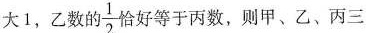
大1，乙数的 \frac{ 1 } { 2 }恰好等于丙数，则甲、乙、丙三